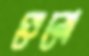
ভেনো